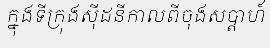
ក្នុងទីក្រុងស៊ីដនីកាលពីចុងសប្តាហ៍